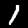
Label: 1